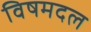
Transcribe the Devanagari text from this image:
विषमदल